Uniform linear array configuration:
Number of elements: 16
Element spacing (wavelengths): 0.25
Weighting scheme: kaiser
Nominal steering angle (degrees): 30
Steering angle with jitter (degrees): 28.669
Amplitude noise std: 0.05
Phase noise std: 0.05

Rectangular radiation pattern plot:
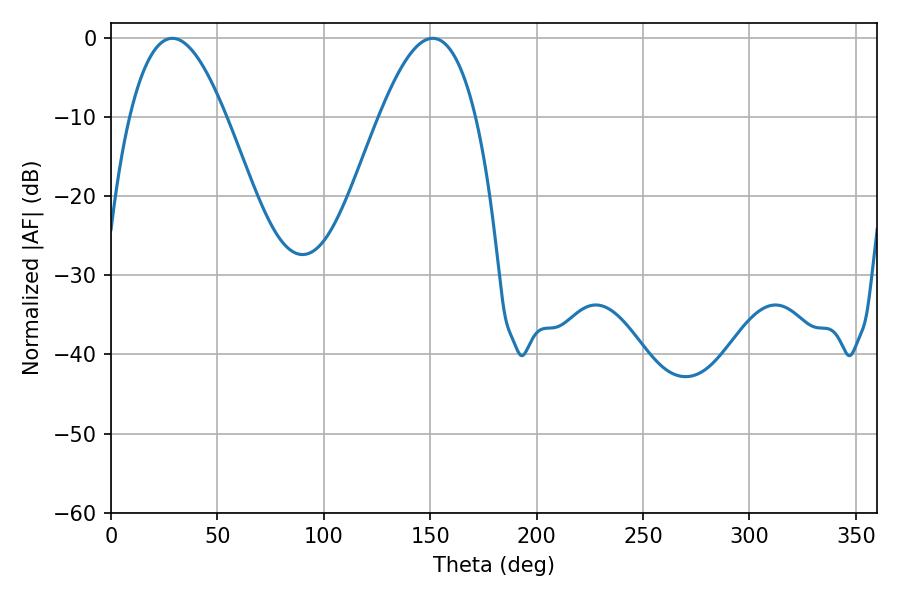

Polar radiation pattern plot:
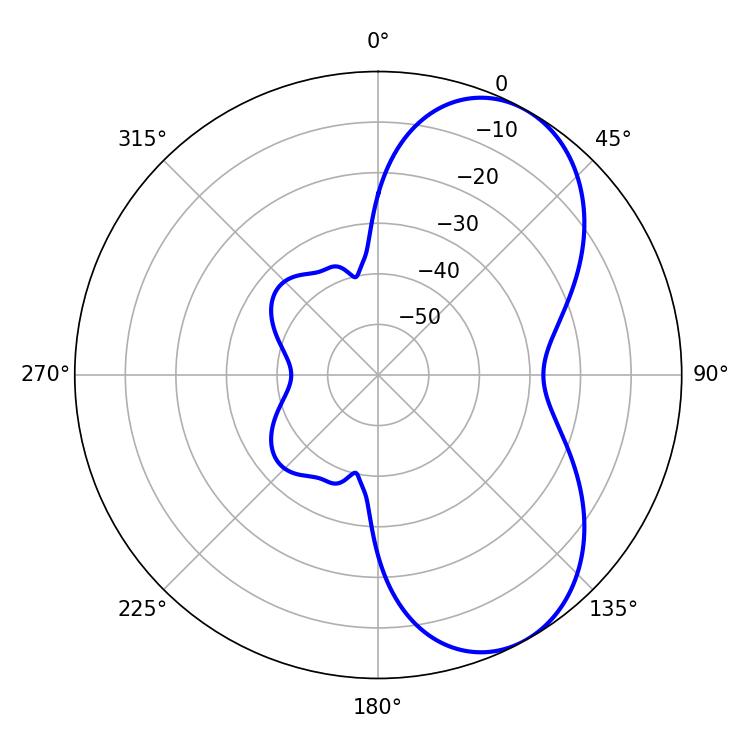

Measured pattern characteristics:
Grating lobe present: FALSE
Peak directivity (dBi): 6.315
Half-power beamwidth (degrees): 24.66
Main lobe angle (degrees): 28.8